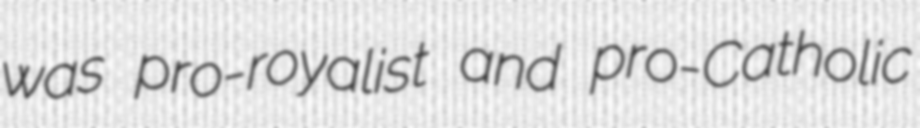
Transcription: was pro-royalist and pro-Catholic